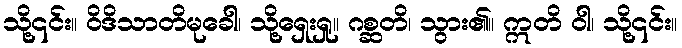
သို့၎င်း။ ဝိဒိသာတိမုခေါ၊ သို့ရှေးရှု။ ဂစ္ဆတိ၊ သွား၏။ ဣတိ ဝါ၊ သို့၎င်း။